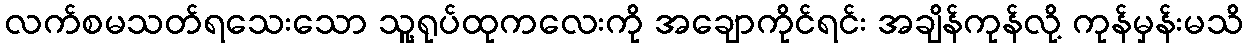
လက်စမသတ်ရသေးသော သူ့ရုပ်ထုကလေးကို အချောကိုင်ရင်း အချိန်ကုန်လို့ ကုန်မှန်းမသိ